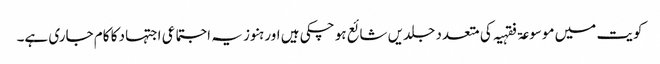
کویت میں موسوعۃ فقہیہ کی متعدد جلدیں شائع ہو چکی ہیں اور ہنوز یہ اجتماعی اجتہاد کا کام جاری ہے۔